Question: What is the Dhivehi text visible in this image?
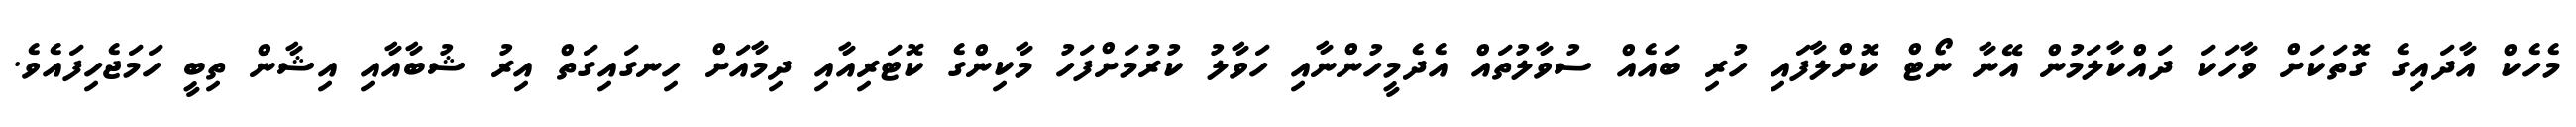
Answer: މެހެކް އާދައިގެ ގޮތަކަށް ވާހަކަ ދައްކާލަމުން އޭނާ ނޯޓް ކޮށްލާފައި ހުރި ބައެއް ސުވާލުތައް އެދެމީހުންނާއި ހަވާލު ކުރުމަށްފަހު މާކިންގެ ކޮޓަރިއާއި ދިމާއަށް ހިނގައިގަތް އިރު ޝުބާއާއި އިޝާން ތިބީ ހަމަޖެހިފައެވެ.